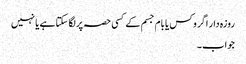
روزہ دار اگر وکس یا بام جسم کے کسی حصہ پر لگا سکتا ہے یا نہیں
جواب۔